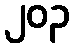
၂၀၃